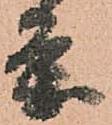
条